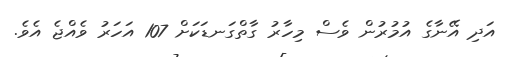
އަދި އޭނާގެ އުމުރުން ވެސް މިހާރު ގާތްގަނޑަކަށް 107 އަހަރު ވެއްޖެ އެވެ.